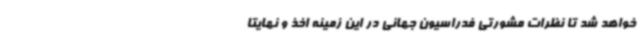
خواهد شد تا نظرات مشورتی فدراسیون جهانی در این زمینه اخذ و نهایتا